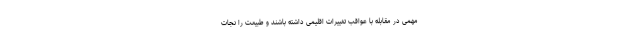
مهمی در مقابله با عواقب تغییرات اقلیمی داشته باشند و طبیعت را نجات